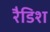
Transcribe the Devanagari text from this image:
रैडिश